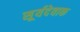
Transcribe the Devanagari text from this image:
सूर्यदेवाक